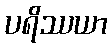
ပရိဿယာ